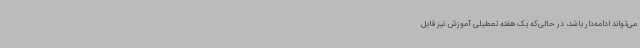
می‌تواند ادامه‌دار باشد، در حالی‌که یک هفته تعطیلی آموزش نیز قابل